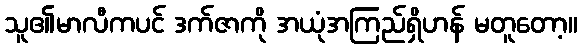
သူ၏မာလီကပင် ဒက်ဇာကို အယုံအကြည်ရှိဟန် မတူတော့။